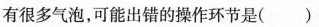
有很多气泡，可能出错的操作环节是（）